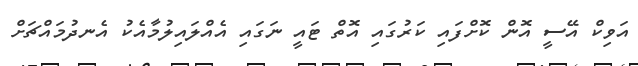
އަވިކް އޭސީ އޮން ކޮށްފައި ކަރުގައި އޮތް ޓައީ ނަގައި އެއްލައިލުމާއެކު އެނދުމައްޗަށް